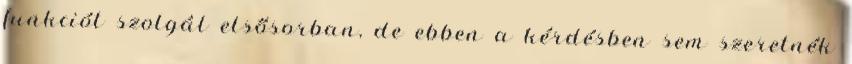
funkciót szolgál elsősorban, de ebben a kérdésben sem szeretnék